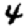
Digit: 4